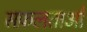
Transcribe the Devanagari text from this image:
सफ़लताओं